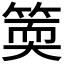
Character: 𥯬